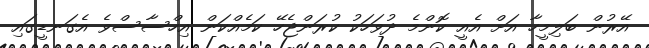
އޭރުން ބަލިމީހާ އަށް އެއީ ކޮންމެ ދުވަހަކު ކުރަންޖެހޭ ކަމެއްކަން އިހްސާސްވެ އެގަނޑީގައި